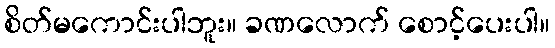
စိတ်မကောင်းပါဘူး။ ခဏလောက် စောင့်ပေးပါ။